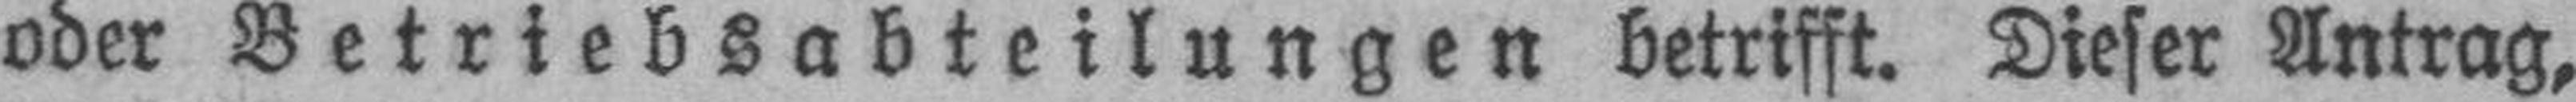
oder Betriebsabteilungen betrifft. Dieser Antrag,